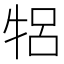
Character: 𬌞